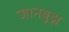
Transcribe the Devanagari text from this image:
जानबुझ